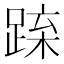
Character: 𨁻